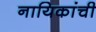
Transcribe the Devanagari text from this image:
नायिकांची